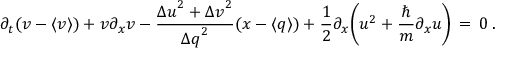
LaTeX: \partial _ { t } ( v - \langle v \rangle ) + v \partial _ { x } v - \frac { { \Delta u } ^ { 2 } + { \Delta v } ^ { 2 } } { { \Delta q } ^ { 2 } } ( x - \langle q \rangle ) + \frac { 1 } { 2 } \partial _ { x } \bigg ( u ^ { 2 } + \frac { \hbar } { m } \partial _ { x } u \bigg ) \, = \, 0 \: .